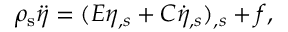
\rho _ { \mathrm { s } } \ddot { \eta } = ( E \eta _ { , s } + C \dot { \eta } _ { , s } ) _ { , s } + f ,